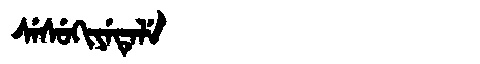
Manchu: ᠰᡝᠰᡠᡴᡳᠶᡝᡨᡝᠯᡝ
Romanization: SESUKIYETELE